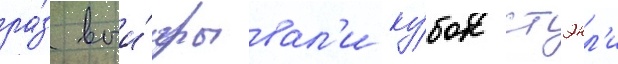
ра́з выи́грывал'и ку́бок стэнл'и